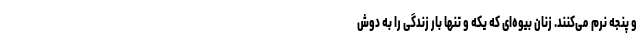
و پنجه نرم می‌کنند. زنان بیوه‌ای که یکه و تنها بار زندگی را به دوش